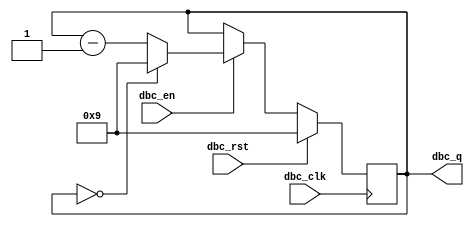
`timescale 1ns / 1ps
//////////////////////////////////////////////////////////////////////////////////
// Company: 
// Engineer: 
// 
// Design Name: 
// Module Name: dbc
// Project Name: 
// Target Devices: 
// Tool Versions: 
// Description: 
// 
// Dependencies: 
// 
// Revision:
// Revision 0.01 - File Created
// Additional Comments:
// 
//////////////////////////////////////////////////////////////////////////////////


module dbc(
    input dbc_clk,                              // Clock for dbc
    input dbc_rst,                              // Reset for dbc
    input dbc_en,                               // En for dbc
    output [3:0] dbc_q                          // Output for ssd
    );
    
    reg [3:0] dbc_temp;
       
    initial
        begin
            dbc_temp = 9;
        end
    always@(posedge dbc_clk)
        begin:dbc_OP
              if(dbc_rst) 
                begin
                    dbc_temp <=9;
                end
              else
                begin:EN_ACTIVE
                    if(dbc_en) begin
                        if(dbc_temp==0)dbc_temp <=9; // if its equal to 0 
                        else
                        dbc_temp <= dbc_temp-1;
                    end
                      
                        
                end
        end
        assign dbc_q = dbc_temp;
        
endmodule